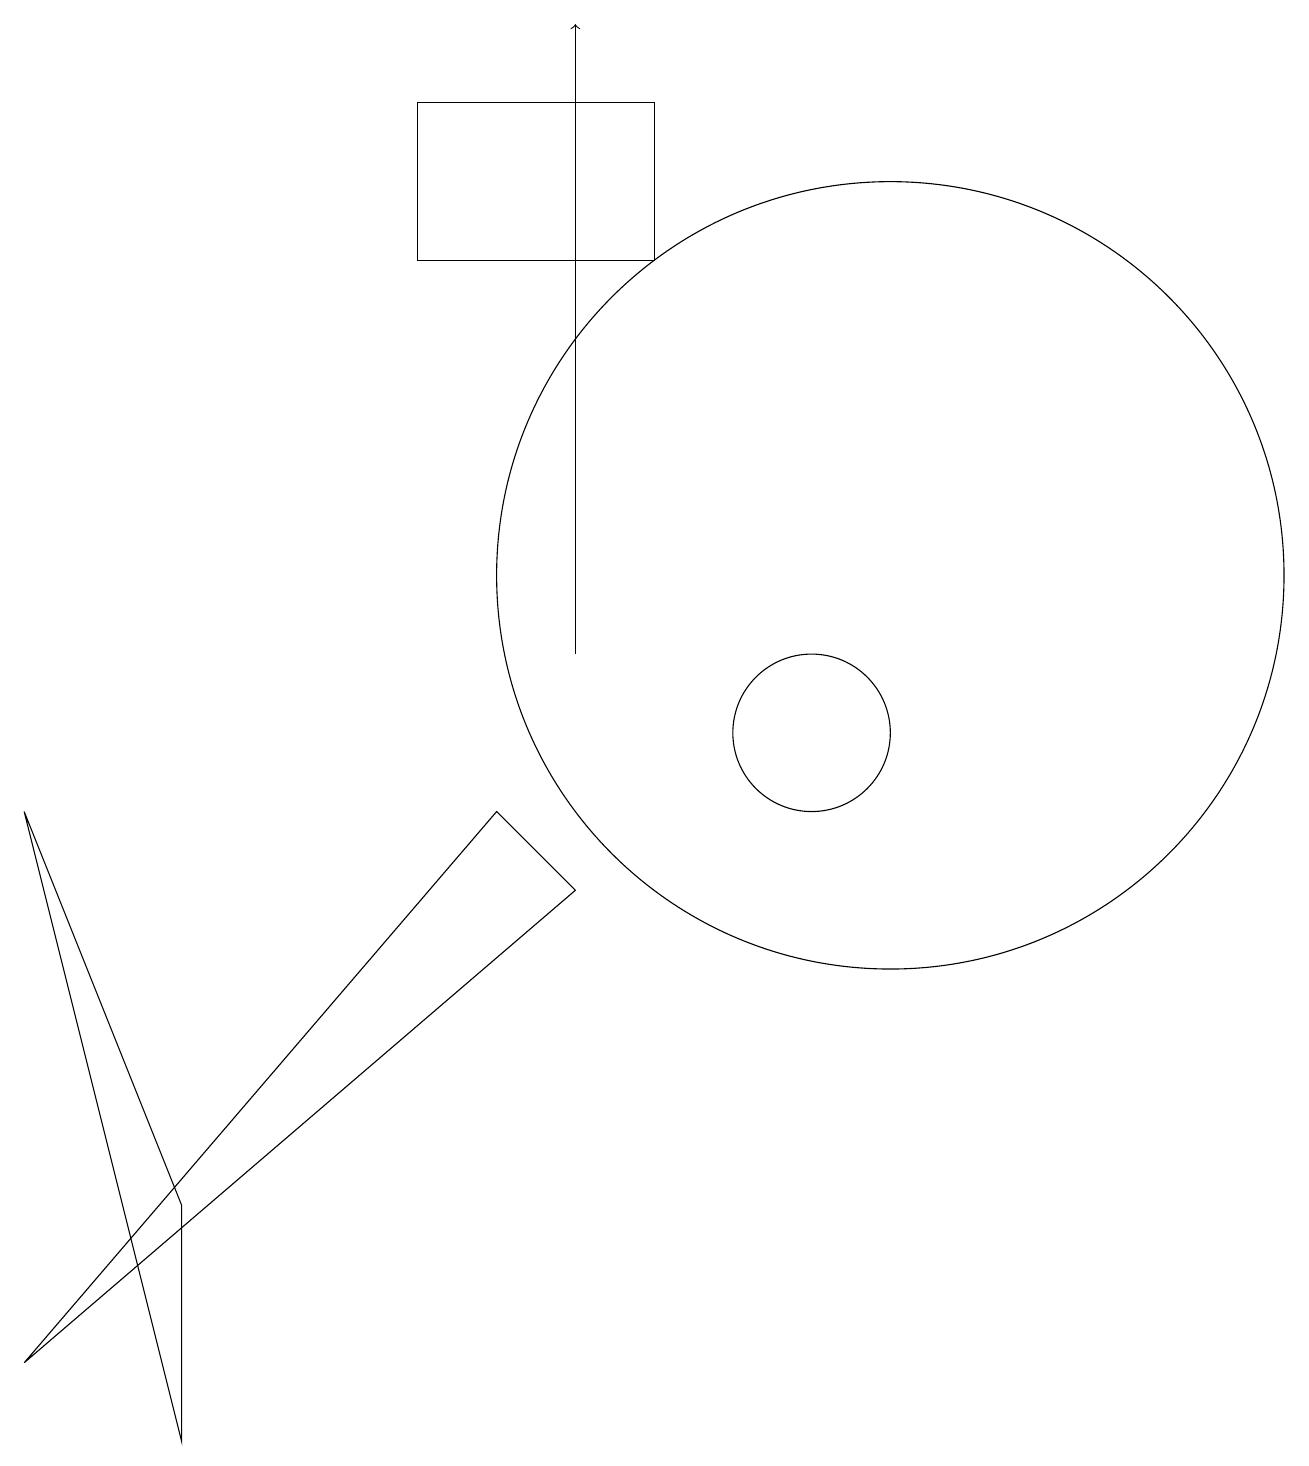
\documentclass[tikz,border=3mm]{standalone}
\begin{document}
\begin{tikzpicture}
\draw (0,9) -- (2,4) -- (2,1) -- cycle;
\draw[->] (7,11) -- (7,19);
\draw (0,2) -- (6,9) -- (7,8) -- cycle;
\draw (5,18) rectangle (8,16);
\draw (10,10) circle (1);
\draw (11,12) circle (5);
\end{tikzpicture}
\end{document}